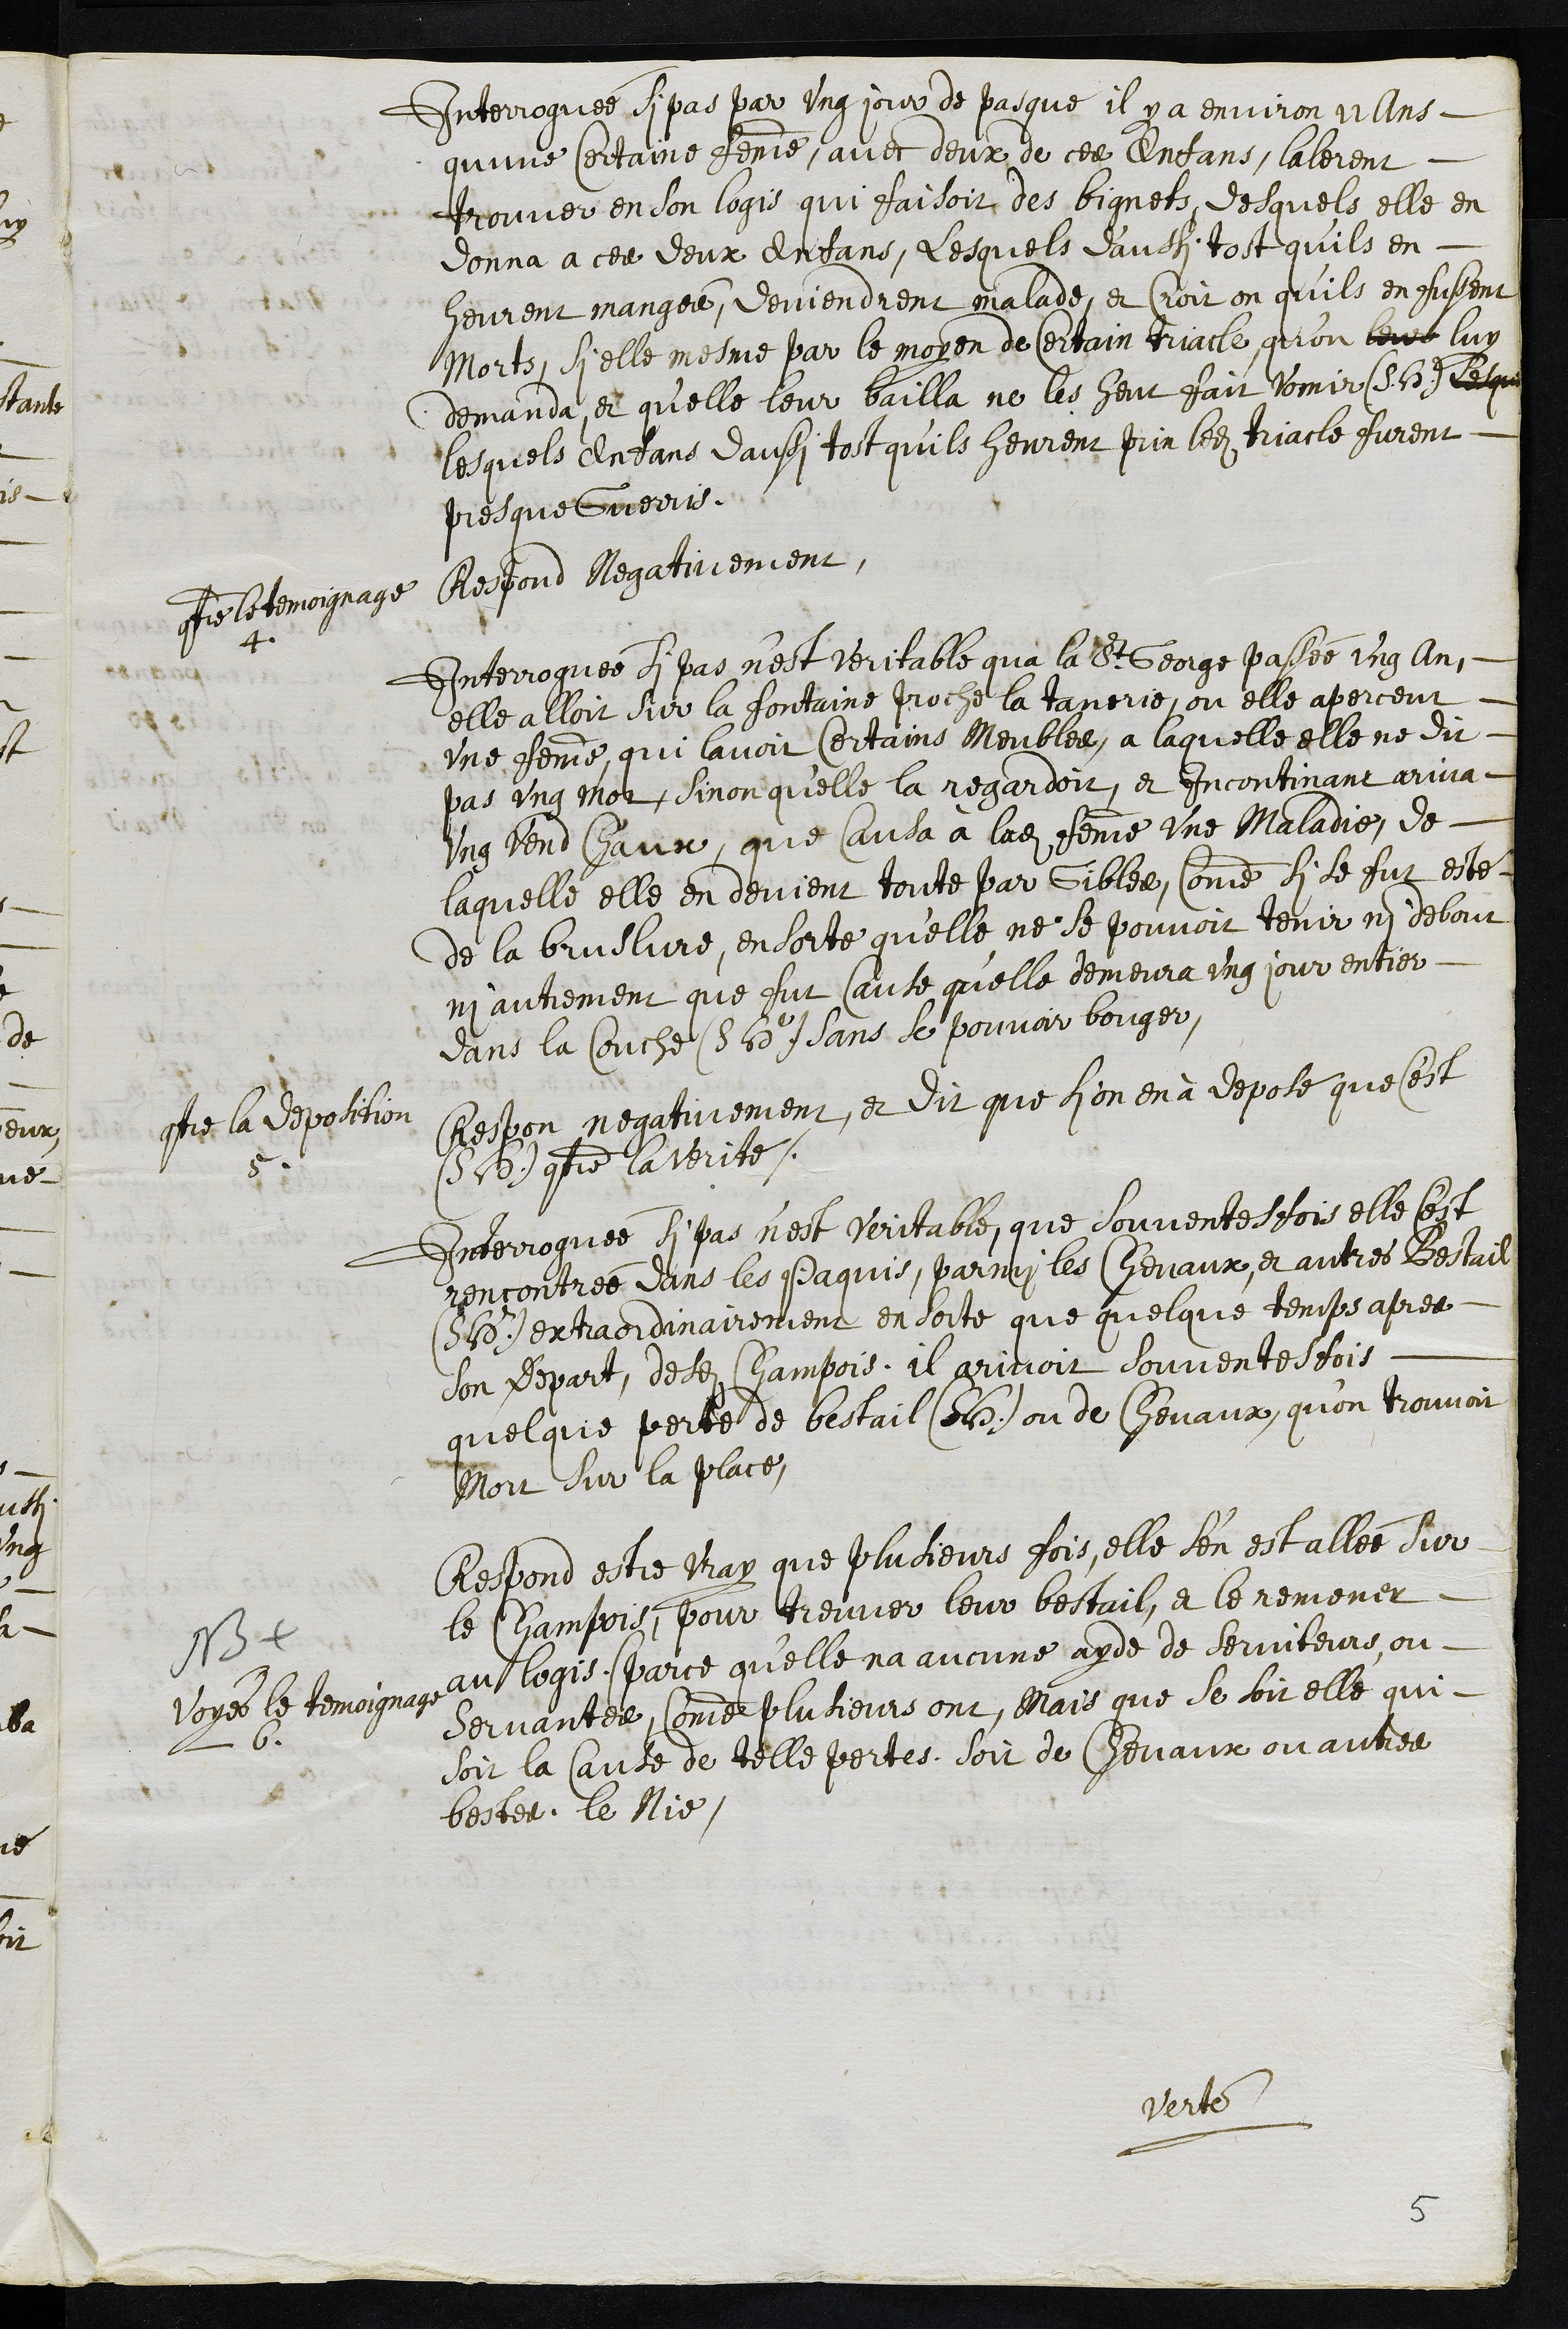
Interroguée si pas par ung jour de pasque il y a environ 22 ans
qu’une certaine femme, avec deux de ces Enfans, lalerent
trouver en son logis qui faisoit des bignets, desquels elle en
donna a ces deux Enfans, lesquels d'aussi tost qu'ils en
heurent mangés, deviendrent malade, et croit on qu'ils en fussent
Morts, si elle mesme par le moyen de certain triacle, qu’on leur luy
demanda, et qu'elle leur bailla ne les heut fait vomir (S. H.) Lesque
lesquels enfans daussi tost qu'ils heurent prin ledit triacle furent
presque Guerris.
contre le temoignage
4
Respond Negativement
Interrogué si pas n’est veritable qua la St George passée ung an
elle alloit sur la fontainne proche la tanerie, ou elle aperceut
une femme, qui lavoit certains Meubles, a laquelle elle ne dit
pas ung mot, sinon qu’elle la regardoit, et incontinant ariva
ung vend chaux, que Causa à ladite femme une maladie, de
laquelle elle en devient toute par Gibles, comme si se fut esté
de la bruslure, en sorte qu'elle ne se pouvoit tenir ni debout
ni autrement que fut cause qu'elle demeura ung jour entier
dans la couche (S. H.) sans se pouvoir bouger,
contre la deposition
5
Respon negativement, et dit que si on en à deposé que c'est
(S. H.) contre la verité.
Interroguée si pas n’est veritable, que souventesfois elle c'est
rencontrée dans les Paquis, parmi les chevaux, et autres Bestail
(S. H.) extraordinairement en sorte que quelque temps apres
son depart, desdits Champois, il arivoit souventesfois
quelque perte de bestail (S. H.) ou de chevaux, qu’on trouvoit
Mort sur la place,
NB
voyes le temoignage
6
Respond estre vray que plusieurs fois, elle s’en est allée sur
le Champois, pour treuver leur bestail, et le remener
au logis (parce qu'elle na aucune ayde de serviteurs, ou
servantes, comme plusieurs ont) Mais que se soit elle qui
Soit la Cause de telle pertes soit de Chevaux ou autres
bestes. le Nie.
Verte
5